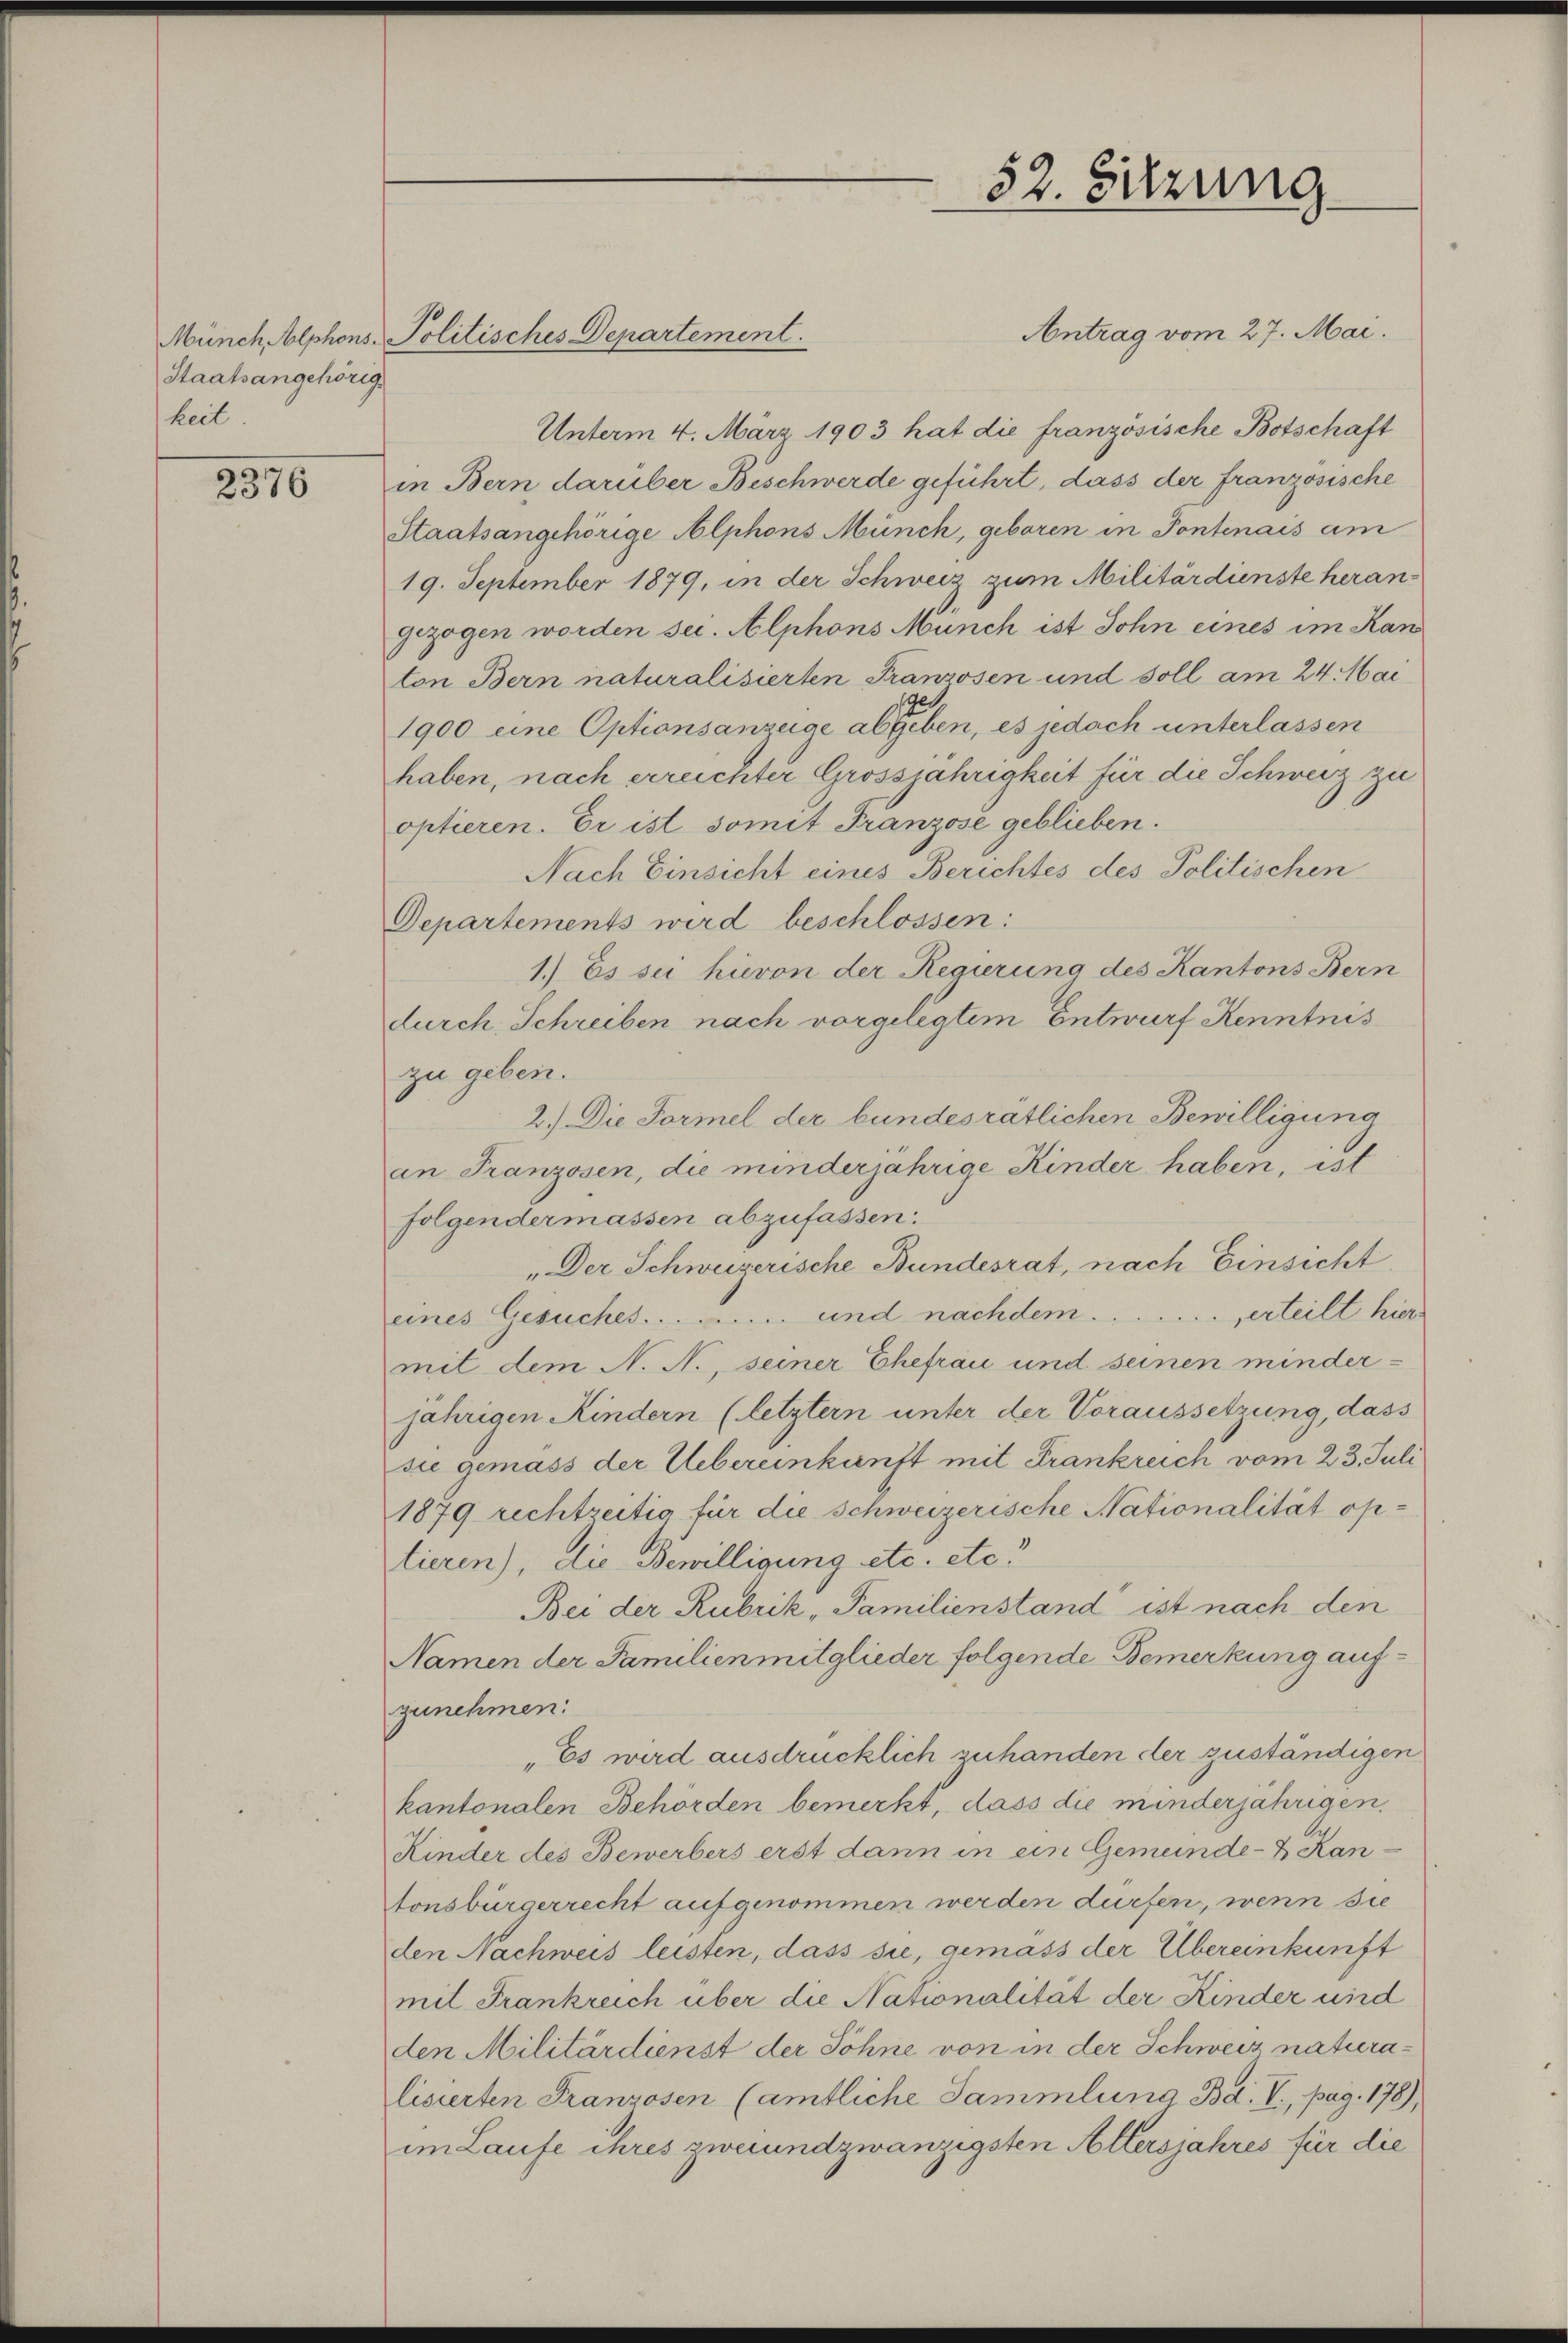
Staatsangehörig.
keit

2376

Antrag vom 27. Mai.
Unterm 4. März 1903 hat die französische Botschaft
in Bern darüber Beschwerde geführt, dass der französische
Staatsangehörige Alphons Münch, geboren in Pontenais am
19. September 1879, in der Schweiz zum Militärdienste herangezogen worden sei. Alphons Munch ist Sohn eines im Kan
ton Bern naturalisierten Franzosen und soll am 24. Mai
1900 eine Optionsanzeige abgeben, es jedoch unterlassen
haben, nach erreichter Grossjährigkeit für die Schweiz zu
optieren. Er ist somit Franzose geblieben.
Nach Einsicht eines Berichtes des Politischen
Departements wird beschlossen:
1.) Es sei hievon der Regierung des Kantons Bern
durch Schreiben nach vorgelegtem Entwurf Kenntnis
zu geben.
2.) Die Formel der bundesrätlichen Bewilligung
an Franzosen, die minderjährige Kinder haben, ist
folgendermassen abzufassen.
„Der Schweizerische Bundesrat, nach Einsicht
eines Gesuches ............... und nachdem  ..  ..  ..  ..  ..  ..  erteilt hier
mit dem N. N., seiner Ehefrau und seinen minderjährigen Kindern (letztern unter der Voraussetzung, dass
sie gemass der Uebereinkunft mit Frankreich vom 23. Juli
1879 rechtzeitig für die Schweizerische Nationalität optieren), die Bewilligung etc. etc.
Bei der Rubrik „Familienstand ist nach den
Namen der Familien mitglieder folgende Bemerkung auf-
zunehmen:
„Es wird ausdrücklich zuhanden der zuständigen
kantonalen Behörden bemerkt, dass die minderjährigen.
Kinder des Bewerbers erst dann in ein Gemeinde- & Kan-
tonsbürgerrecht aufgenommen werden dürfen, wenn sie
den Nachweis leisten, dass sie, gemass der Übereinkunft
mit Frankreich über die Nationalität der Kinder und
den Militärdienst der Söhne von in der Schweiz naturalisierten Franzosen (amtliche Sammlung Bd. V., pag. 178),
im Laufe ihres zweiundzwanzigsten Altersjahres für die

Münch Alphons-Politisches Departement.

52. Sitzung